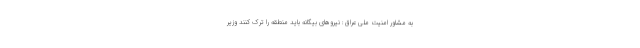
به مشاور امنیت ملی عراق: نیروهای بیگانه باید منطقه را ترک کنند وزیر